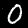
Digit: 0